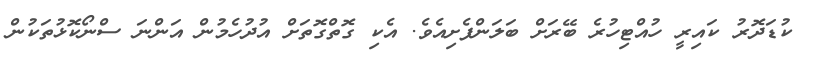
ކުޑަދޮރު ކައިރީ ހުއްޓިހުރެ ބޭރަށް ބަލަންފެށިއެވެ. އެކި ގޮތްގޮތަށް އުދުހެމުން އަންނަ ސްނޯކޮޅުތަކުން